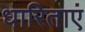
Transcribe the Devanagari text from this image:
धारिताएं